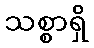
သစ္စာရှိ